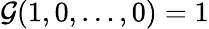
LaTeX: \mathcal{G}(1,0,\dots,0)=1